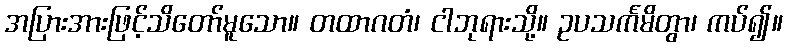
အပြားအားဖြင့်သိတော်မူသော။ တထာဂတံ၊ ငါဘုရားသို့။ ဥပသင်္ကမိတွာ၊ ကပ်၍။